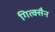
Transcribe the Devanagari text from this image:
गित्क्सैन